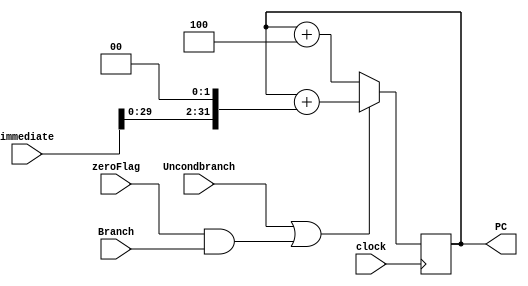
module PC_m(
	output reg[31:0] PC,
	input signed[31:0] immediate, input Uncondbranch, input Branch, input zeroFlag, input clock);

	initial begin
		PC <= 0;
	end

	always@(posedge clock) begin
		if((Uncondbranch | (zeroFlag & Branch)) == 1) begin
			PC <= PC + (immediate << 2);
		end // if 
		else begin
			PC <= PC + 4;
		end // else
	end // always
endmodule